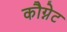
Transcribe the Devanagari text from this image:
कौग्नेट